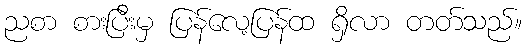
ညစာ စားပြီးမှ ပြန်လေ့ပြန်ထ ရှိလာ တတ်သည်။